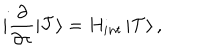
i \frac { \partial } { \partial \tau } \left| { \cal T } \right> = H _ { i n t } \left| { \cal T } \right> ,